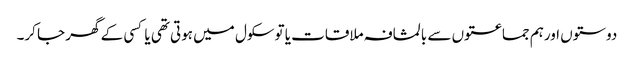
دوستوں اورہم جماعتوں سے بالمشافہ ملاقات یا توسکول میں ہوتی تھی یا کسی کے گھر جا کر۔